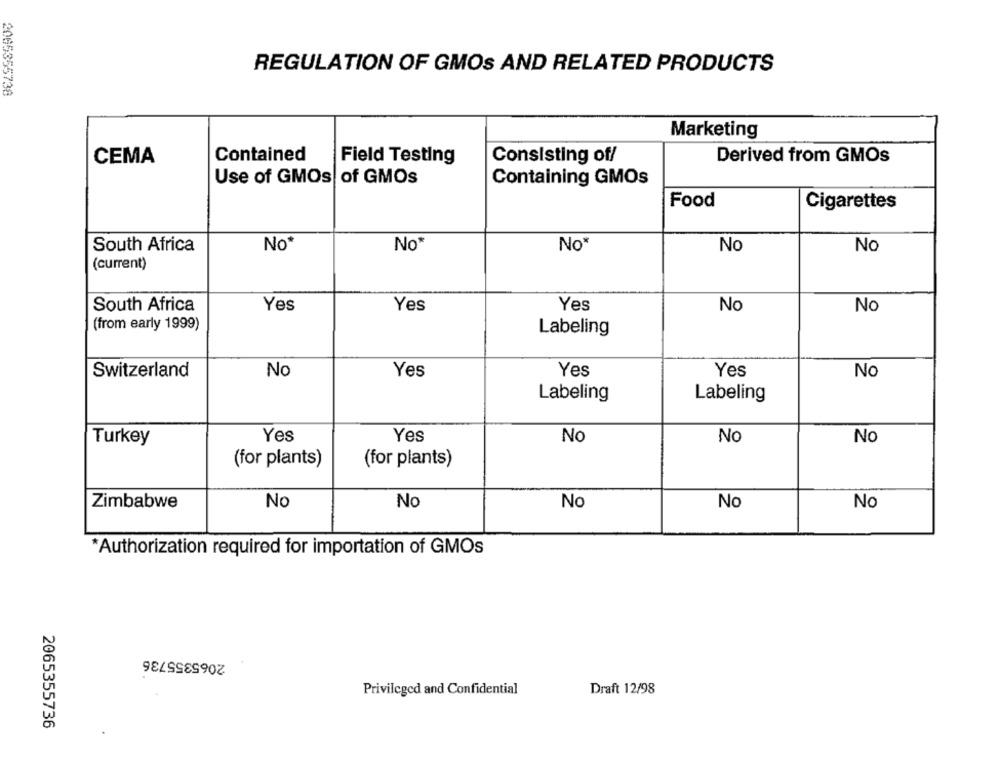
REGULATION OF GMOS AND RELATED PRODUCTS
2065355738
Marketing
CEMA
Contained
Field Testing
Consisting of/
Derived from GMOs
Use of GMOs of GMOs
Containing GMOs
Food
Cigarettes
South Africa
No*
No*
No*
No
No
(current)
No
South Africa
Yes
Yes
Yes
No
(from early 1999)
Labeling
Switzerland
No
Yes
Yes
Yes
No
Labeling
Labeling
Turkey
Yes
Yes
No
No
No
(for plants)
(for plants)
Zimbabwe
No
No
No
No
No
Authorization required for importation of GMOs
2065355736
Privileged and Confidential
Draft 12/98
2065355736